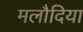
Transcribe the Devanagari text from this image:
मलौदिया